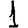
Digit: 1